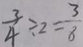
\frac { 3 } { 4 } \div 2 = \frac { 3 } { 8 }